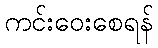
ကင်းဝေးစေရန်